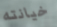
خيانته